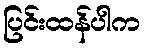
ပြင်းထန်ပါက